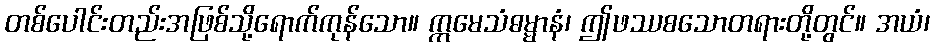
တစ်ပေါင်းတည်းအဖြစ်သို့ရောက်ကုန်သော။ ဣမေသံဓမ္မာနံ၊ ဤဖဿစသောတရားတို့တွင်။ အယံ၊